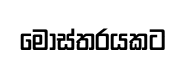
මෝස්තරයකට